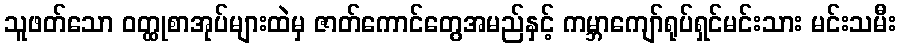
သူဖတ်သော ဝတ္ထုစာအုပ်များထဲမှ ဇာတ်ကောင်တွေအမည်နှင့် ကမ္ဘာကျော်ရုပ်ရှင်မင်းသား မင်းသမီး